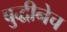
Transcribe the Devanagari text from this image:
बुद्धीनेच